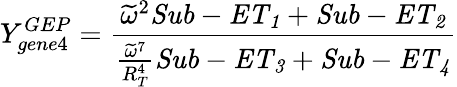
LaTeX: Y_{gene4}^{GEP}=\frac{\widetilde{\omega}^{2}\mathit{Sub-ET_{1}}+\mathit{Sub-ET_{2}}}{\frac{\widetilde{\omega}^{7}}{R_{T}^{4}}\mathit{Sub-ET_{3}}+\mathit{Sub-ET_{4}}}